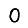
Digit: 0